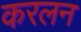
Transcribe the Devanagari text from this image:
करलन